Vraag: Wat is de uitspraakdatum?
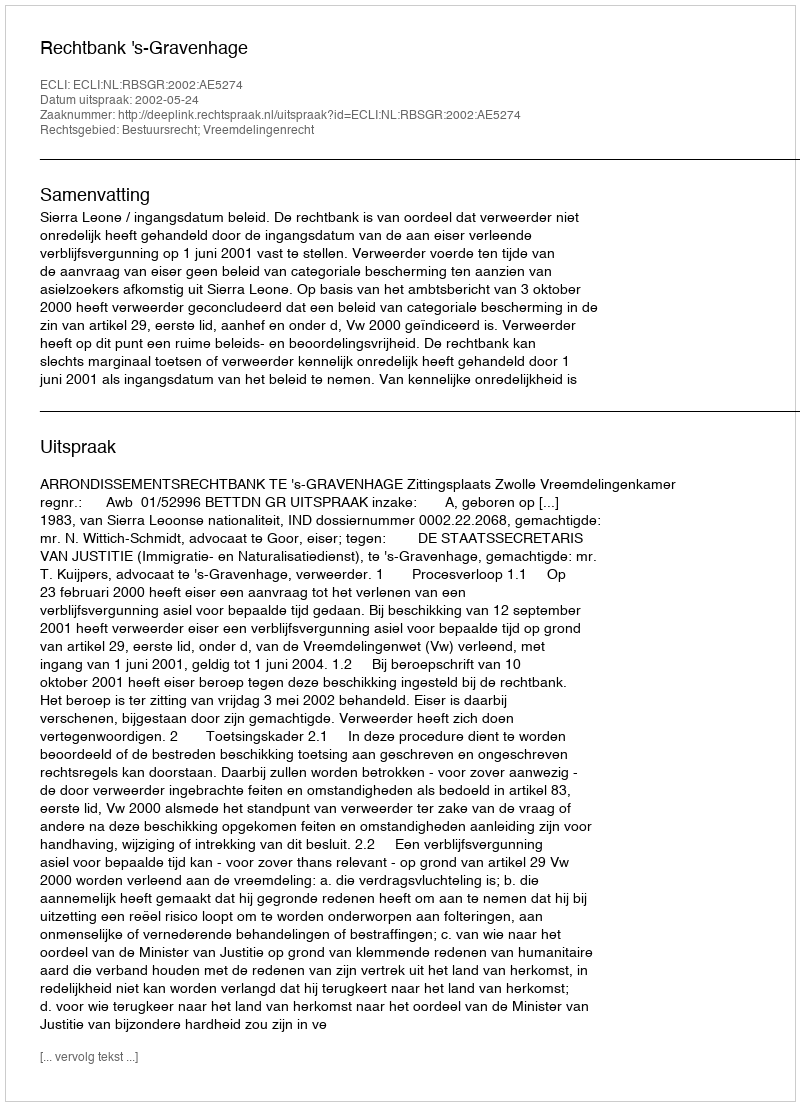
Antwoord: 2002-05-24